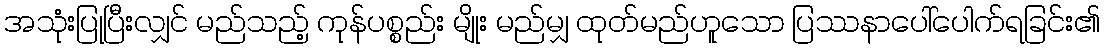
အသုံးပြုပြီးလျှင် မည်သည့် ကုန်ပစ္စည်း မျိုး မည်မျှ ထုတ်မည်ဟူသော ပြဿနာပေါ်ပေါက်ရခြင်း၏